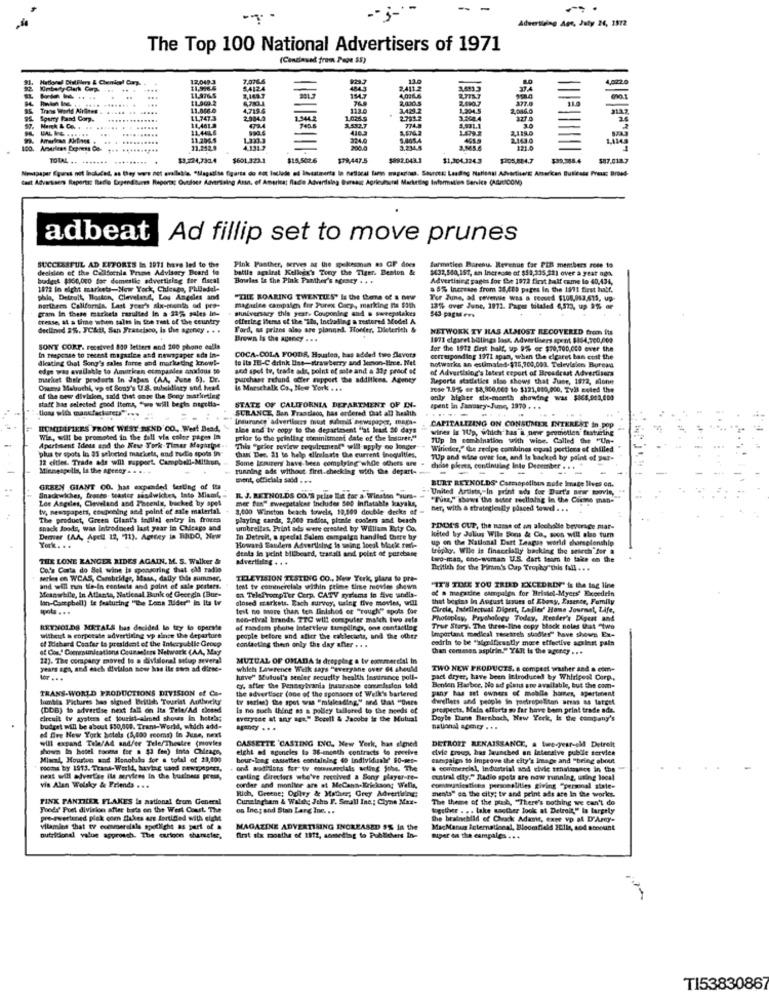
-- j-
Advertising Age, July 24, 1972
The Top 100 National Advertisers of 1971
(Cenciasad from Page 55)
12,049
....
54124
2.4133
11.969.2
11,976.5
377.0
Trans World Airlines
11.066.0
4.7194
113.0
3.429.2
2,086.0
Sperry Band Corp.
11,747.3
2743.2
327
..
.... .
14,461.2
11.4446
140
2,119.0
11.204.4
324.6
5,405.4
2.163.0
100. Amariest Express Co.
21,252.8
200.6
TOTAL .. ....... .........
$3.224,730.4
$601.323.1
$78,447.5
$892.043.3
$1,304.1263
$205.884.7
$87.0187
Cast Advertisers Reports: Rtade Dependtures Reports; Outder Advertising Ant, of America: Radio Advertising Bureau; Agricultural Marketing Information Service (AGRICOM)
adbeat
Ad fillip set to move prunes
Pink Panther, serves as the spokesman as GF does
decision of the California Praw Advisory Board to
SUCCESSFUL AD EFFORTS In 1971 have led to the
battle scalrat Kelkes'y Tony the Tiger. Benton &
farmatien Barenu. Revenue for PIZ menthers rose 19
$632,550,157, an Increase of $50,335,32) over a year ago,
bradget $360,000 for domestic advertising for fiscal
Bowles is the Pink Panther's senty . . .
Advertising pages for Che 1972 first half came to 40,434,
1872 in eight markets-New York, Chicago, Philadel-
a 5% Increase from 38,489 pages In the 1911 first half.
phia, Detroit, Boston, Cleveland, Los Angeles and
"THE ROARING TWENTIES' Is the theme of a www
Tor June, ad revenue was a Fewved $108,013,615, up-
gram in these markets resulted In a 23% sales in-
northern California. Last year's six-month od pro-
shuniversacy this year, Couponleg and & sweepstakes
maguire campaign for Purex Ciep, marking Is $3th
13%% over June, 1972. Pages totaled 4,573, up 9% de
543 pagu ers
presse, at a time when salt in the rest of the country
offering Items of the "ils, Including a restored Model A
declined 25. FCAtt, San Francisco, Is the agency . . .
Ford, as prizes also are planned. Hoefer, Dieterich &
NETWORK TY HAS ALMOST RECOVERED from its
Brown Is the agency . ..
1971 cigaret billings loss, Advertisers spent 8364,700,000
SONY CORP. received 830 letters and 200 phone calls
for the 1912 first half, up 9% er $70,700,000 ever the
In fragense to recent magazien and newspaper ada In-
dieating Chat Song's sales force and marketing know !-
COCA-COLA FOODS, Hanten, has added toro flavors
to its IB-C drink line-strawberry and Jemon-line. Net
notwarks an estimated-$75,700,001. Television Bureau
corresponding 1971 span, when the cigaret ban cost the
edge was available to American etmpandes anxious to
and apel to, trade addr, point of sale and a 31g proof of
of Advertising's latest report of Broadcast Advertisers
market their products in Japan (AA, June 6). Dr.
purchase refund offer rapport the addition. Agency
Reports statistics also shows that Mise, 1872, alone
Omeya Matrochi, wo of Sony's U.S. subsidiary and head
le Marschalk Co ., New York . ..
rese 7.9% or 18,900,000 to $121,000,000, TVB coled the
statt has selected good items, "we will beghs nagelis-
of the new division, said that onte the Beeg marketing
only higher six-month showing was $868,005,000
SURANCE, Ban Tractlaco, has ordered that all health
STATE OF CALIFORNIA DEPARTMENT OF IN-
spent in Jaeraary-June, 1979 . . .
Insurance advertlous must submit newspaper, maga-
----
TOMIDIFIERS FROM WEST BEND CO .. . Wert Bead,
aloe and tv copy to the department "at least 30 days
CAPITALIZING ON CONSUMER INTEREST In pop
wires is 1079, which has i neve prometien featuring
Wia, will be promoted in the fall via color pages In
prior to the printing cominisment date of the insurer."
7Up In combination with wine. Called the "Un-
plus tv spots In 33 selociod markets, and turtle spots in"
Apartment Idess and the Kese York Times Magazine.
This "prior review requirement" will apply no longer
Winieder," the zeelpe combines ergual portions of chilled
12 eltles. Trade als will support. Campbell-Mithun,
Some Irausers have been complying whole others are .
than Dee. 23 to help elleslaste the current inequities,
TUp and wine ove fee, and is backed by point of per-
Mienespells, Is the Agency .
running ads without first. checking with the depart-
dyise plots, continuing Into December . . .
- -
sent, officials said ...
BURT REYNOLDS' Cosmopolitan mode Image lives on.
GREEN GIANT CO. hat expended testing of tta
"United Artists, In print ads for Durt's new movie,
Sinadewiches, franen. teaster sandwiches, Into Miami,
Los Angeles, Cleveland and Phoenix, backed by spel
the Sun" sweepttalcet Includes 500 inflatable kayaks,
IL J. REYNOLDS CO.'S pelse let for a. Winston "wurs-
"Tutz," ibows the aster nellaing in the Cirme man-
tv, newspapers, coupening and point of sale material. .
8,000 Winston beach towels, 19,500 double decks ef =
Ber, with à strategically placed towe . ..
The product, Green Glant's tedllal entry in frotta
playing cards, 2,000 radios, plonie conter and beach
snack foods, was Introduced last year in Chicago and
umbrellas, Print ads were created by William Esty Co.
FINDE'S OUP, the name of on alochalle beverage mar-
Demer (AA, Apell 12, 71). Amstey in BRDO, New
In Detroit, a special Salem campaign handled there by
up on the National Dart League world championship
lolted by Juliuns Wile Sons & Co, soon will also turn
York. ..
Howard Sauders Advertising is soing local blocke rest-
denis le point billboard, trasall and polet of purchase
trigiky. Wile is financially backing the search for a
THE LONE RANGER RIDES AGAIN. M. S. Walker &
advertising . . .
two-man, one-woman U.S. dart Seom to take on the
Co's Carta do Bel wine ta sponsoring that old radio
British for the Firm's Cap Trophor"this fall ...
serles on WC.AS, Cambridge, Mass, daily this summer,
TELEVISION TESTING CO ., New York, plans to pre-
and will nm tie-in contests and point of sale posters.
Meanwhile, In Atlanta, National Bank of Gecegin (Bur-
test tv commercials within prime time movies shewn
"IT'S TULE YOU TRIED EXCEDRDY" is the tag line
of a magadine campales for Bristol-Myers' Exceedein
lan-Campbell) is featuring "The Lone Ilder" in Its tv
en TelePrompTer Corp. CATV gyulams in Sive sandia-
closed markets. Bach survey, using five movies, will
that begins in August issues of Ebony, Essence, Family
....
test no more than ten finished or "rough" spots for
Circle, Indellectual Digest, Ladies' Home Journal, LAfe,
neo-rival brands. TTC will computer match two auta
Photoplay, Psychology Today, Reader's Digut and
REYNOLDS METALS has decided lo try to operate
of random phone Interview tareplings, one contacting
Important medical research sundles" have shown Ex-
True Story. The three-line copy Hock noles that "two
without a corpeeste advertising vp since the departure
of Itshard Confer to president of the Interpublie Group
people before and after the taklecasts, and the other
esdrin to be "significantly more effective acalast pain
of Cos." Communications Counselors Network (AA, May
contacting then only the day after . . .
than commen aspirin." Y&lt is the agency . ..
22). The company moved to a divisional setup several
MUTUAL OF OMADA is dropping a tv ecvmercial In
years aga, and each divitlon now has ile esen ad diese-
which Lawrence Welk says "everyane over 64 should
TWO NEW PRODUCTS. s compest washer and a com-
have" Mutuel's senier security health Insurance poll-
pact dryer, have been Ittroduced by Whirlpool Corp .,
TRANS-WORLD PRODUCTIONS DIVISION of Co-
the advertiser (one of the sponsors of Well's bartered
c. after the Pennsylvania insurance concession told
pany has set owners of mobile homer, apertinent
Benten Haeber, No ad plats are available, but the com-
lambla Pictures bas signed British Tourist Authority
tv series) the spot seas "misleading," and that "Oves
derellers and people in poetropeBlon areas as target
(DDB) to advertise next fall on Ita TelefAd closed
is no such thing as a polley tailored to the needs of
prospects. Mala efforts so far have been print trade ade.
elreuit tv systers ef jourist-aimed shows in hotels;
everysse at any agt." Bocell & Jacobe is the Mutual
Doyle Dane Barnbach, New York, It the company's
budget will be about $30,000. Trans-World, which add-
national spenty . . .
will expand Tele/A& and/or Tele/Thestre (movies
ed Ave New York hotels (5,400 rooms) in June, next
shown In hotel socena toe a $3 fem) inta Chirace,
eight af agencies to 36-month contracts to receive
CASSETTE 'CASTING IVC. New York, has signed
DETROIT RENAISSANCE, a ture-year-old Detreit
evie group, has launched an interalve publle servies
Miacal, Houston and Honolulu for a total of 23,000
bour-long cassettes containing 40 individuali' 90-set-
campaign to improve the city's image and "bring about
roce by 1913. Trans-Werld, having used newspapers,
ond wathdors for tv oususapelals acting Sthe. The
. commercial, Industrial and civic senuisance in the
next will advertise ils services in the business press,
casting directors who've received a Sony slayer-re-
central city." Stadio spots are now running, using local
via Alan Wolsky & Friends . ..
corder and monline are at MeCant-Ericksong Walls,
Rich, Greene: Ogilvy & Mather; Grey Advertisingc:
ments" ea the city; tr and print ads are In the works.
eomavaniesties personalities giving "personal state-
PINK PANTHER FLAKES is national from General
Cunningham & Walshe Jths F. Seeall Ine: Chyne Max-
The theme of the push, "There's nothing we can't do
Theds' Poet division after bats on the West Coast. The
os Ines and Stan Larg Inc. ..
together . . . take another look at Detroit," Is largely
pre-swertened plak com Shakes aze fortified with siehe
the brainchild of Chvock Adams, expe vo al D'Arey-
Vitamins that to commersale spotlight as part of a
MAGAZINE ADVERTISING INCREASED 9% in the
MagMaras International, Bloomfield 201ls, sod abcount
nutritional value approach. The cartoon thaneler,
first six months of 1812, aomediag fa Publishers in-
super on the campales. ...
T15383086